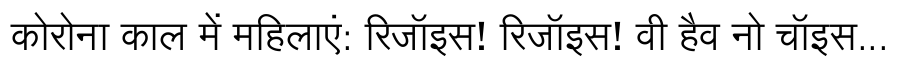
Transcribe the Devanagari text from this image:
कोरोना काल में महिलाएं: रिजॉइस! रिजॉइस! वी हैव नो चॉइस...